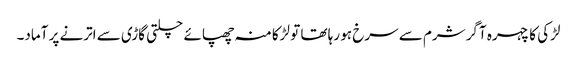
لڑکی کا چہرہ آگر شرم سے سرخ ہو رہا تھا تو لڑکا منہ چھپائے چلتی گاڑی سے اترنے پر آماد۔